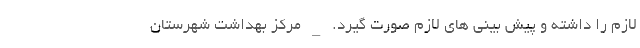
لازم را داشته و پیش بینی های لازم صورت گیرد. _ مرکز بهداشت شهرستان